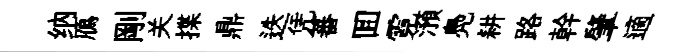
纳鴈剛关揲鼎迭凭蕃囬霓澦鳧耕路幹肇適